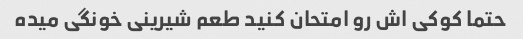
حتما کوکی اش رو امتحان کنید طعم شیرینی خونگی میده